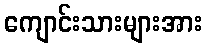
ကျောင်းသားများအား